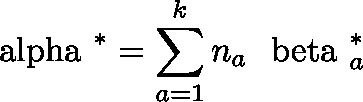
{ \mathrm { \boldmath ~ \ a l p h a ~ } } ^ { * } = \sum _ { a = 1 } ^ { k } n _ { a } { { \mathrm { \boldmath ~ \ b e t a ~ } } _ { a } ^ { * } }